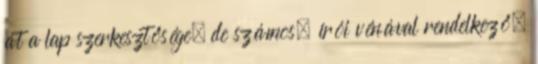
át a lap szerkesztősége, de számos, írói vénával rendelkező,